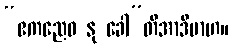
“ဧကညေဝ နု ခေါ”တိအာဒိမာဟ။